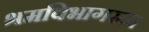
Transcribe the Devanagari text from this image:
श्रमविभागरूप